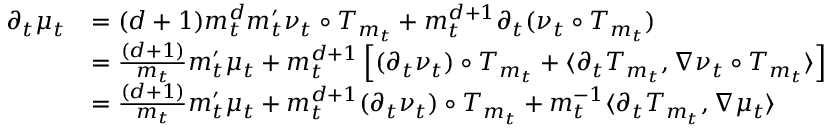
\begin{array} { r l } { \partial _ { t } \mu _ { t } } & { = ( d + 1 ) m _ { t } ^ { d } m _ { t } ^ { \prime } \nu _ { t } \circ T _ { m _ { t } } + m _ { t } ^ { d + 1 } \partial _ { t } ( \nu _ { t } \circ T _ { m _ { t } } ) } \\ & { = \frac { ( d + 1 ) } { m _ { t } } m _ { t } ^ { \prime } \mu _ { t } + m _ { t } ^ { d + 1 } \left[ ( \partial _ { t } \nu _ { t } ) \circ T _ { m _ { t } } + \langle \partial _ { t } T _ { m _ { t } } , \nabla \nu _ { t } \circ T _ { m _ { t } } \rangle \right] } \\ & { = \frac { ( d + 1 ) } { m _ { t } } m _ { t } ^ { \prime } \mu _ { t } + m _ { t } ^ { d + 1 } ( \partial _ { t } \nu _ { t } ) \circ T _ { m _ { t } } + m _ { t } ^ { - 1 } \langle \partial _ { t } T _ { m _ { t } } , \nabla \mu _ { t } \rangle } \end{array}